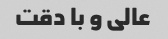
عالی و با دقت